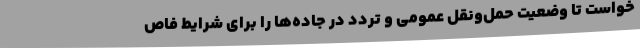
خواست تا وضعیت حمل‌ونقل عمومی و تردد در جاده‌ها را برای شرایط فاص